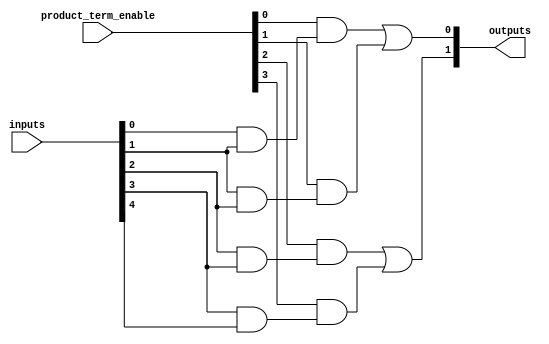
module hs_pal #(
    parameter NUM_INPUTS = 8,         // Define number of inputs
    parameter NUM_PRODUCT_TERMS = 4,  // Define number of product terms
    parameter NUM_OUTPUTS = 2          // Define number of outputs
)(
    input  [NUM_INPUTS-1:0]  inputs,  // Inputs to the HS-PAL
    input  [NUM_PRODUCT_TERMS-1:0]  product_term_enable, // Controls which product terms are enabled
    output [NUM_OUTPUTS-1:0] outputs  // Outputs from the HS-PAL
);

// Programmable AND array
wire [NUM_PRODUCT_TERMS-1:0] and_terms [NUM_INPUTS-1:0];

// Example of programmable connections
// You can customize which inputs connect to each AND gate based on your design.
assign and_terms[0] = inputs[0] & inputs[1];  // A0 & A1 -> Product Term 0
assign and_terms[1] = inputs[1] & inputs[2];  // A1 & A2 -> Product Term 1
assign and_terms[2] = inputs[2] & inputs[3];  // A2 & A3 -> Product Term 2
assign and_terms[3] = inputs[3] & inputs[4];  // A3 & A4 -> Product Term 3

// Fixed OR array
wire [NUM_OUTPUTS-1:0] or_outputs;

assign or_outputs[0] = (product_term_enable[0] & and_terms[0]) |
                       (product_term_enable[1] & and_terms[1]);

assign or_outputs[1] = (product_term_enable[2] & and_terms[2]) |
                       (product_term_enable[3] & and_terms[3]);

// Connect OR outputs to module outputs
assign outputs = or_outputs;

endmodule